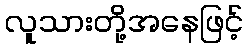
လူသားတို့အနေဖြင့်